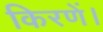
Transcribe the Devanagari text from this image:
किरणें।